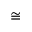
\cong